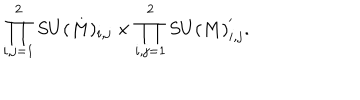
\prod _ { i , j = 1 } ^ { 2 } S U ( M ) _ { i , j } \times \prod _ { i , j = 1 } ^ { 2 } S U ( M ) _ { i , j } ^ { ' } .